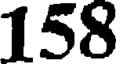
158